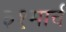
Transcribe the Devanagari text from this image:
३१मार्च